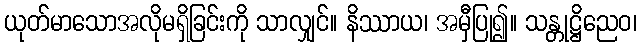
ယုတ်မာသောအလိုမရှိခြင်းကို သာလျှင်။ နိဿာယ၊ အမှီပြု၍။ သန္တုဋ္ဌိညေဝ၊